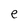
Character: e